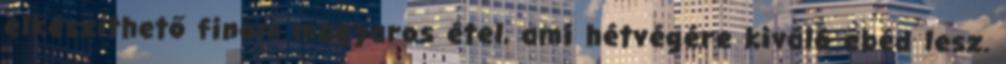
elkészíthető finom magyaros étel, ami hétvégére kiváló ebéd lesz.